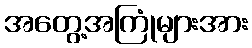
အတွေ့အကြုံများအား